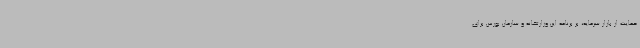
حمایت از بازار سرمایه، بر برنامه این وزارتخانه و سازمان بورس برای